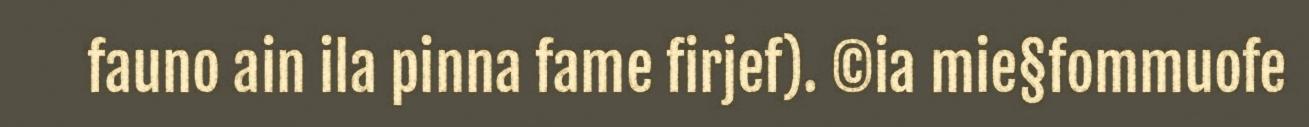
fauno ain ila pinna fame firjef). ©ia mie§fommuofe